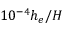
1 0 ^ { - 4 } h _ { e } / H